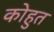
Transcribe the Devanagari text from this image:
कोहुत